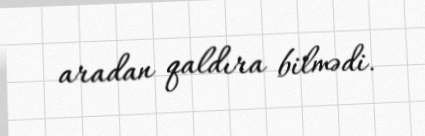
aradan qaldıra bilmədi.